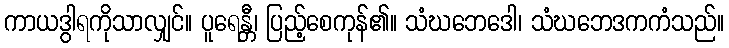
ကာယဒွါရကိုသာလျှင်။ ပူရေန္တီ၊ ပြည့်စေကုန်၏။ သံဃဘေဒေါ၊ သံဃဘေဒကကံသည်။